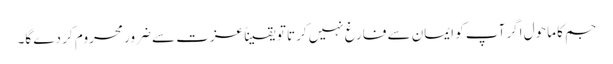
جم کا ماحول اگر آپ کو ایمان سے فارغ نہیں کرتا تو یقیناً عزت سے ضرور محروم کر دے گا۔